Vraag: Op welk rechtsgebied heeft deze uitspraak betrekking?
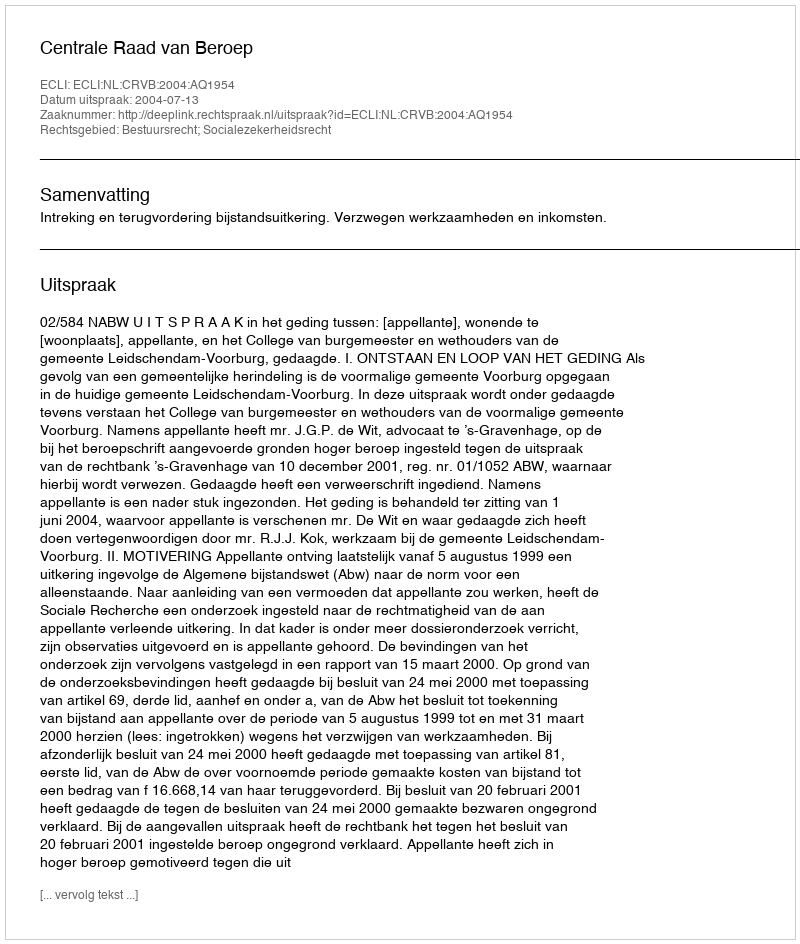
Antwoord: Bestuursrecht; Socialezekerheidsrecht